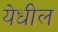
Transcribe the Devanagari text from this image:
येधील